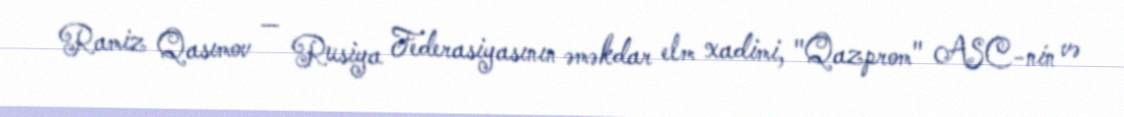
Ramiz Qasımov — Rusiya Federasiyasının əməkdar elm xadimi, "Qazprom" ASC-nin və